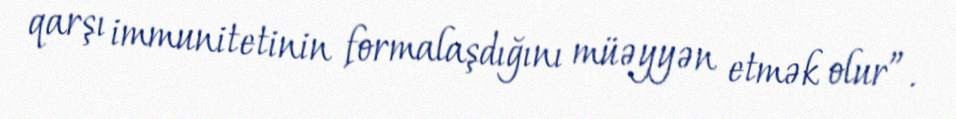
qarşı immunitetinin formalaşdığını müəyyən etmək olur”.